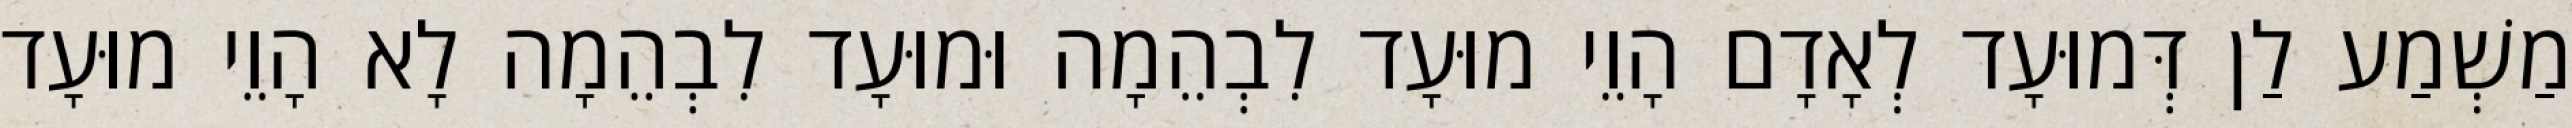
מַשְׁמַע לַן דְּמוּעָד לְאָדָם הָוֵי מוּעָד לִבְהֵמָה וּמוּעָד לִבְהֵמָה לָא הָוֵי מוּעָד